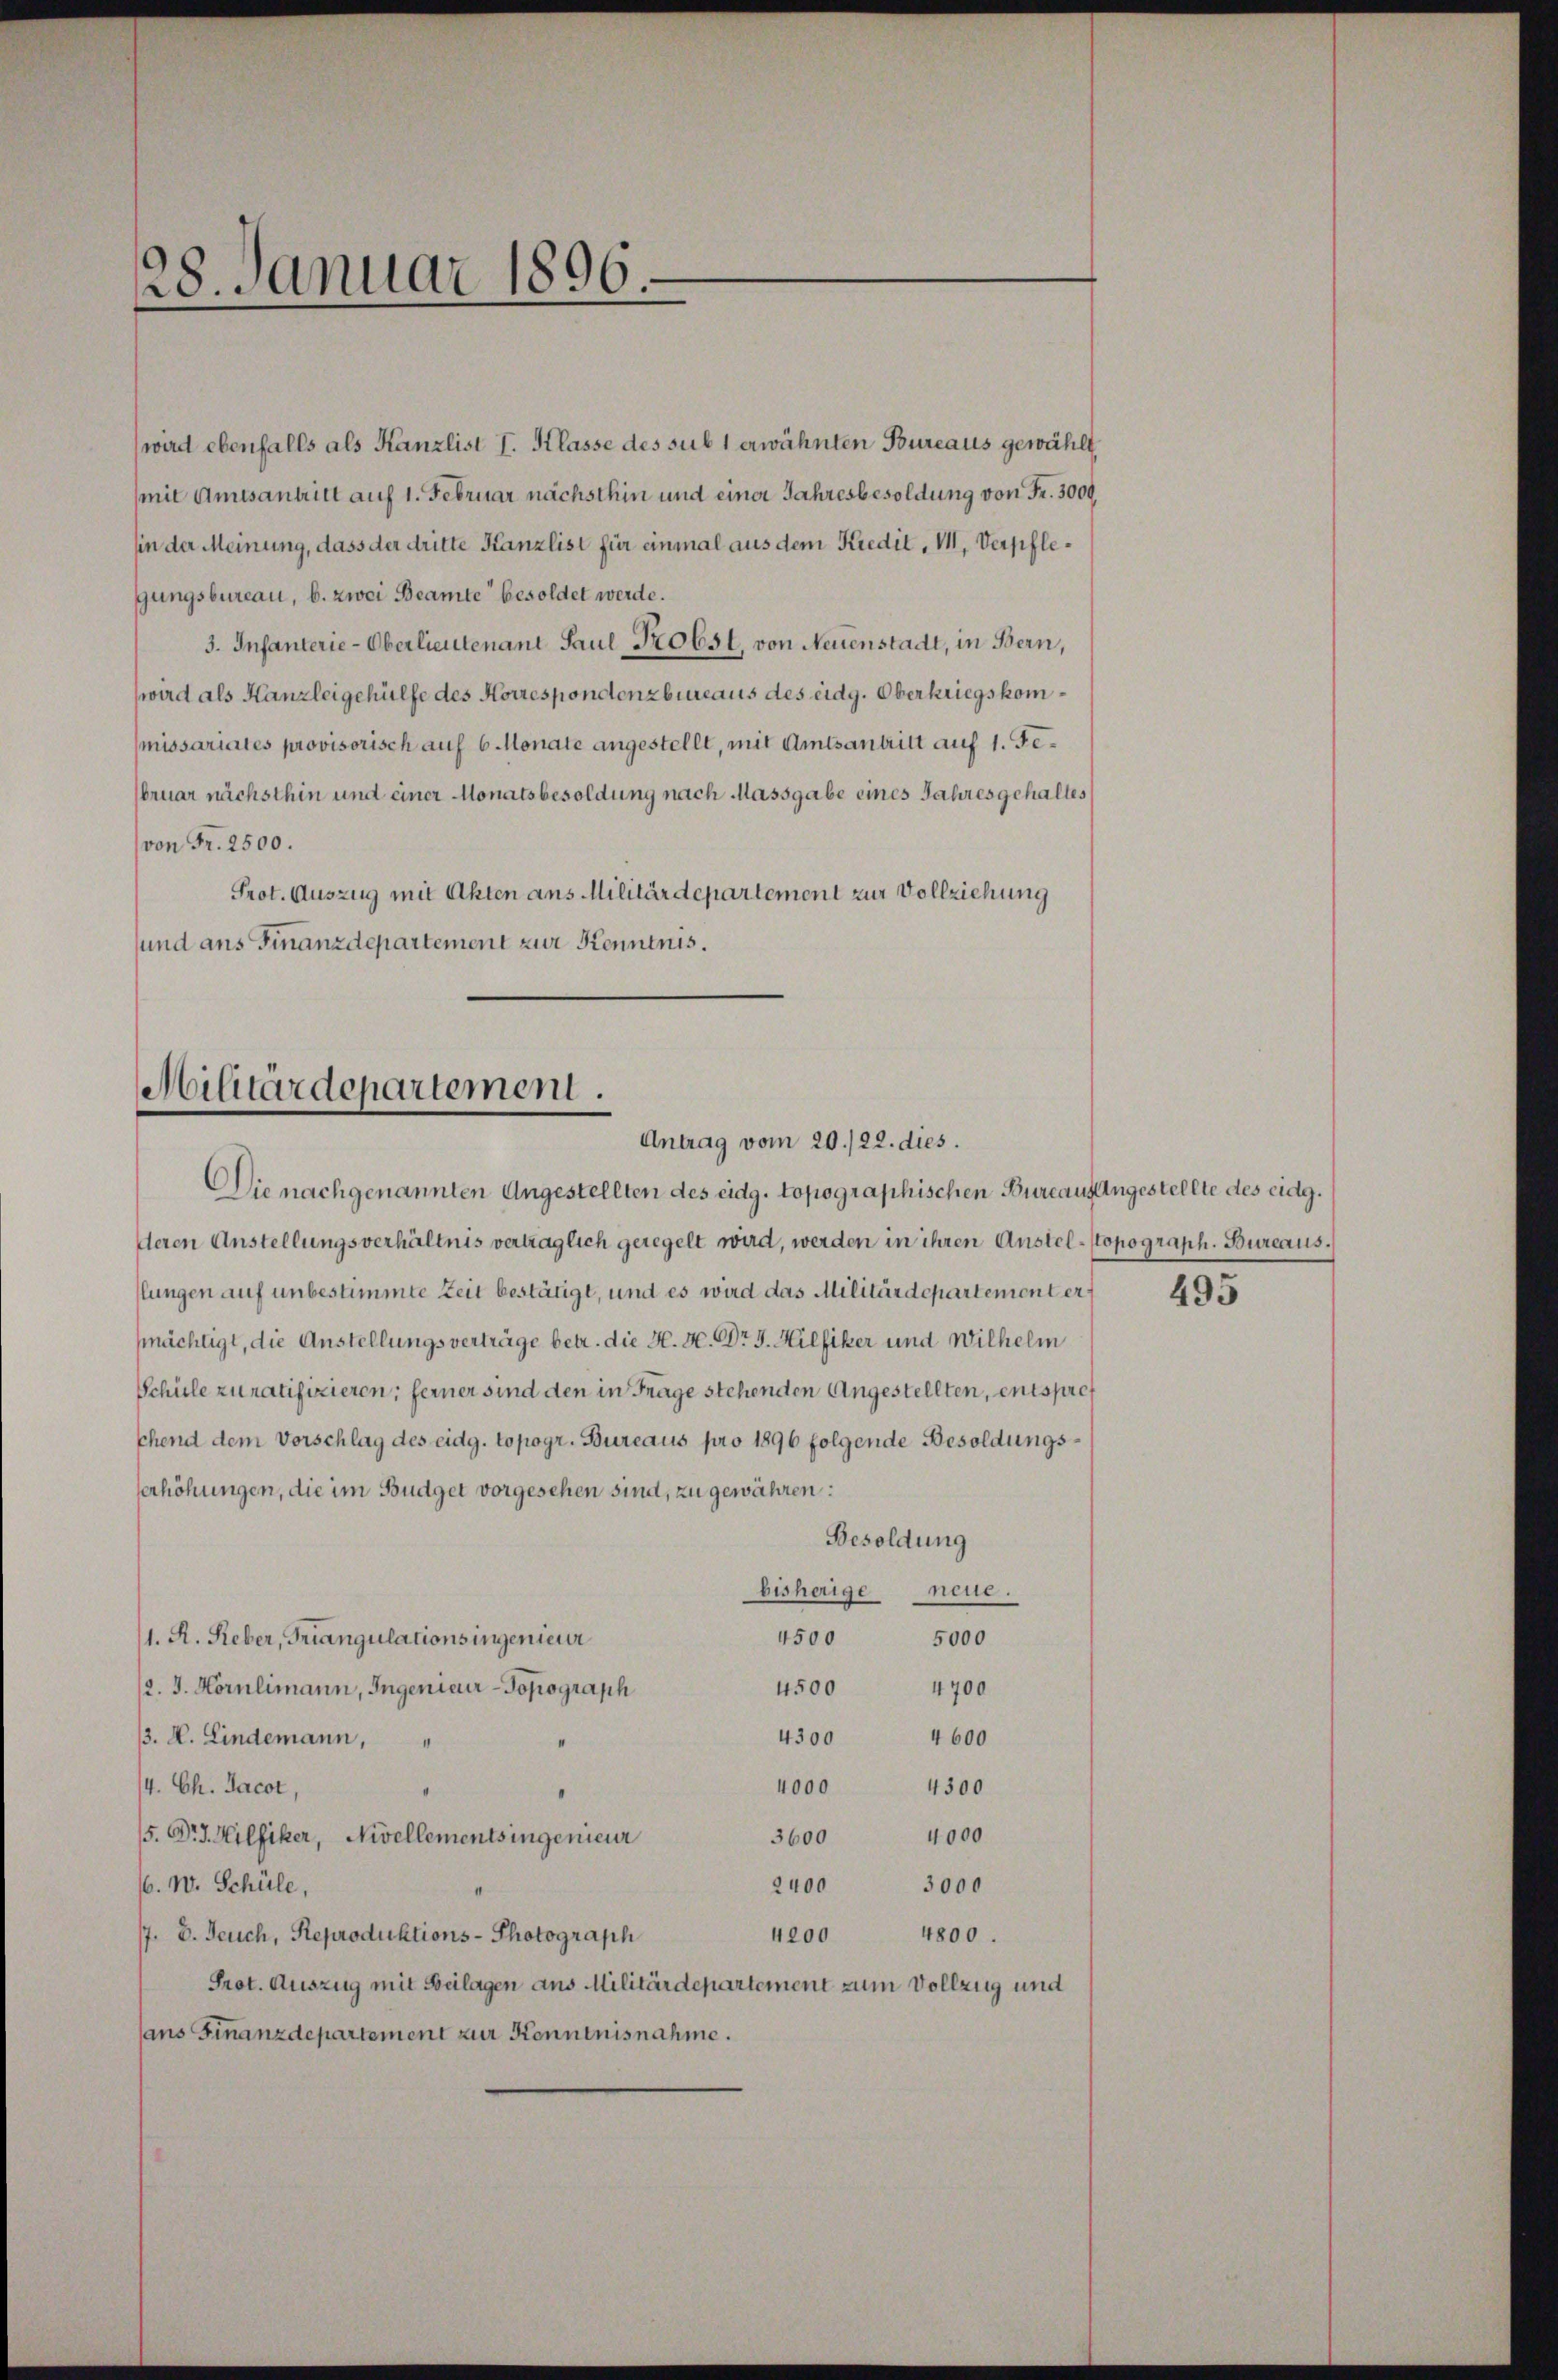
28. Januar 1896.

wird ebenfalls als Kanzlist I. Klasse des sub 1 erwähnten Bureaus gewählt,
(mit Amtsantritt auf 1. Februar nächsthin und einer Jahresbesoldung von Fr. 3000,
hin der Meinung, dass der dritte Kanzlist für einmal aus dem Kredit, II, Verpflegungsbureau, b. zwei Beamte besoldet werde.
3. Infanterie-Oberlieutenant Paul Probst, von Neuenstadt, in Bern,
wird als Kanzleigehülfe des Korrespondenzbureaus des eidg. Oberkriegskommissariates provisorisch auf 6 Monate angestellt, mit Amtsantritt auf 1. Februar nächsthin und einer Monatsbesoldung nach Massgabe eines Jahres gehaltes
von Fr. 2500.
Prot. Auszug mit Akten ans Militärdepartement zur Vollziehung
sund ans Finanzdepartement zur Kenntnis.

Militärdepartement.
Antrag vom 20./22. dies.

Die nachgenannten Angestellten des eidg. topographischen Bureaus Angestellte des eidg.
deren Anstellungsverhältnis verträglich geregelt wird, werden in ihren Austel-Stopograph. Bureaus.
lungen auf unbestimmte Zeit bestätigt, und es wird das Militärdepartement er
pächtigt, die Anstellungsverträge betr. die H. H. Dr J. Hilfiker und Wilhelm
Schüle zuratifizieren; ferner sind den in Frage stehenden Angestellten, entspre
chend dem Vorschlag des eidg. topogr. Bureaus pro 1896 folgende Besoldungsserhöhungen, die im Budget vorgesehen sind, zu gewähren:
Besoldung
bisherige neue.
4500 5000
1. A. Reber, Triangulationsingenieur
4500
/2. J. Hörnlimann, Ingenieur-Topograph
4700
4600
4300
13. V. Lindemann,
4. Ch. Jacot,
4300
4000
15. Dr J. Hilfiker, Nivellementsingenieur
3600 4000
/6. w. Schüle,
2400
3000
4800.
/7. 8. Feuch, Reproduktions-Photograph
4200
Prot. Auszug mit Beilagen aus Militärdepartement zum Vollzug und
sans Finanzdepartement zur Kenntnisnahme.

495